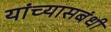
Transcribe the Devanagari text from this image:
यांच्यासबंधी